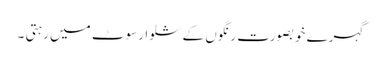
گہرے خوبصورت رنگوں کے شلوارسوٹ میں رہتی ۔